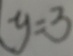
y = 3